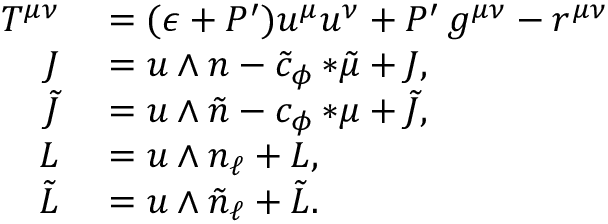
\begin{array} { r l } { T ^ { \mu \nu } } & { { } = ( \epsilon + P ^ { \prime } ) u ^ { \mu } u ^ { \nu } + P ^ { \prime } \, g ^ { \mu \nu } - r ^ { \mu \nu } } \\ { J } & { { } = u \wedge n - \tilde { c } _ { \phi } \, { * \tilde { \mu } } + { \cal J } , } \\ { \tilde { J } } & { { } = u \wedge \tilde { n } - c _ { \phi } \, { * \mu } + { \cal \tilde { J } } , } \\ { L } & { { } = u \wedge n _ { \ell } + { \cal L } , } \\ { \tilde { L } } & { { } = u \wedge \tilde { n } _ { \ell } + \tilde { \cal L } . } \end{array}